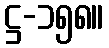
ဋ္ဌ-၁၅၈။